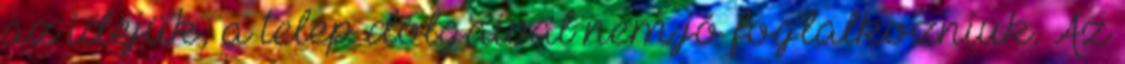
az idejük, a telep dolgaival nem jó foglalkozniuk. Az